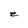
Character: e